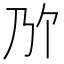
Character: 𫡐